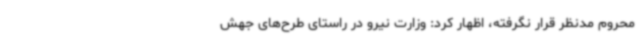
محروم مدنظر قرار نگرفته، اظهار کرد: وزارت نیرو در راستای طرح‌های جهش